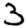
Digit: 3